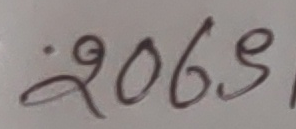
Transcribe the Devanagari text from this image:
२०६९